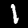
Label: 1